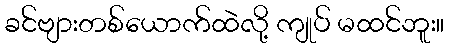
ခင်ဗျားတစ်ယောက်ထဲလို့ ကျုပ် မထင်ဘူး။